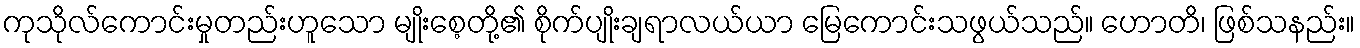
ကုသိုလ်ကောင်းမှုတည်းဟူသော မျိုးစေ့တို့၏ စိုက်ပျိုးချရာလယ်ယာ မြေကောင်းသဖွယ်သည်။ ဟောတိ၊ ဖြစ်သနည်း။